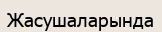
Жасушаларында